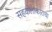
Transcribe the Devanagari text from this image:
सहकलाकाराचा